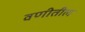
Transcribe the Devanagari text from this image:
वणीतील